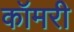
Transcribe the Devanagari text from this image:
कॉमरी